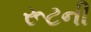
રૂટની